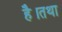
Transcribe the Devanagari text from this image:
है।तथा